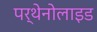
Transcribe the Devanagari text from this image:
पर्थेनोलाइड